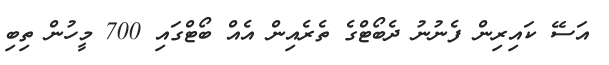
އަސޭ ކައިރިން ފެނުނު ދެބޯޓްގެ ތެރެއިން އެއް ބޯޓްގައި 700 މީހުން ތިބި